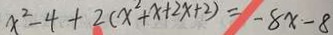
x ^ { 2 } - 4 + 2 ( x ^ { 2 } + x + 2 x + 2 ) = - 8 x - 8